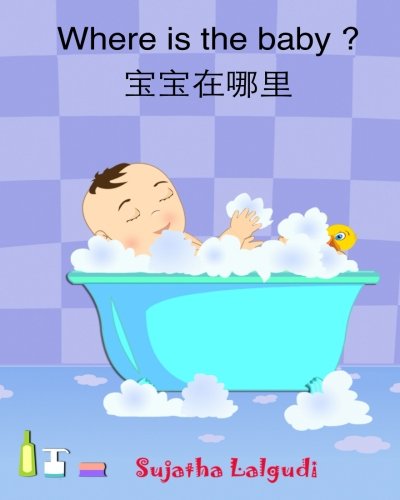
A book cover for Chinese baby book: Where is the Baby: English-Chinese picture book (Simplified Chinese book) (Bilingual Edition) Early Reader Chinese book for ... books for kids) (Volume 7) (Chinese Edition); Sujatha Lalgudi; Children's Books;